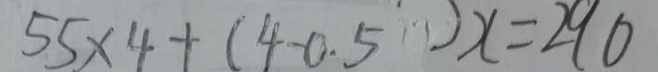
5 5 \times 4 + ( 4 - 0 . 5 ) x = 2 9 0